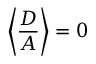
\left\langle \frac { D } { A } \right\rangle = 0